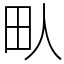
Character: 㽗